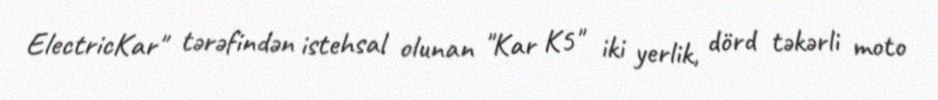
ElectricKar" tərəfindən istehsal olunan "Kar K5" iki yerlik, dörd təkərli moto